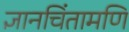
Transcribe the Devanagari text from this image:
ज्ञानचिंतामणि